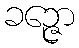
ခဉ္ဇော